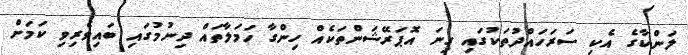
ލަންކާގެ އެކި ސަރަހައްދުތަކުގައި ގިނަ އޮޕަރޭޝަންތަކެއް ހިންގާ ހަމަލާތައް ދިނުމުގައި ބައިވެރިވި ކަމަށް